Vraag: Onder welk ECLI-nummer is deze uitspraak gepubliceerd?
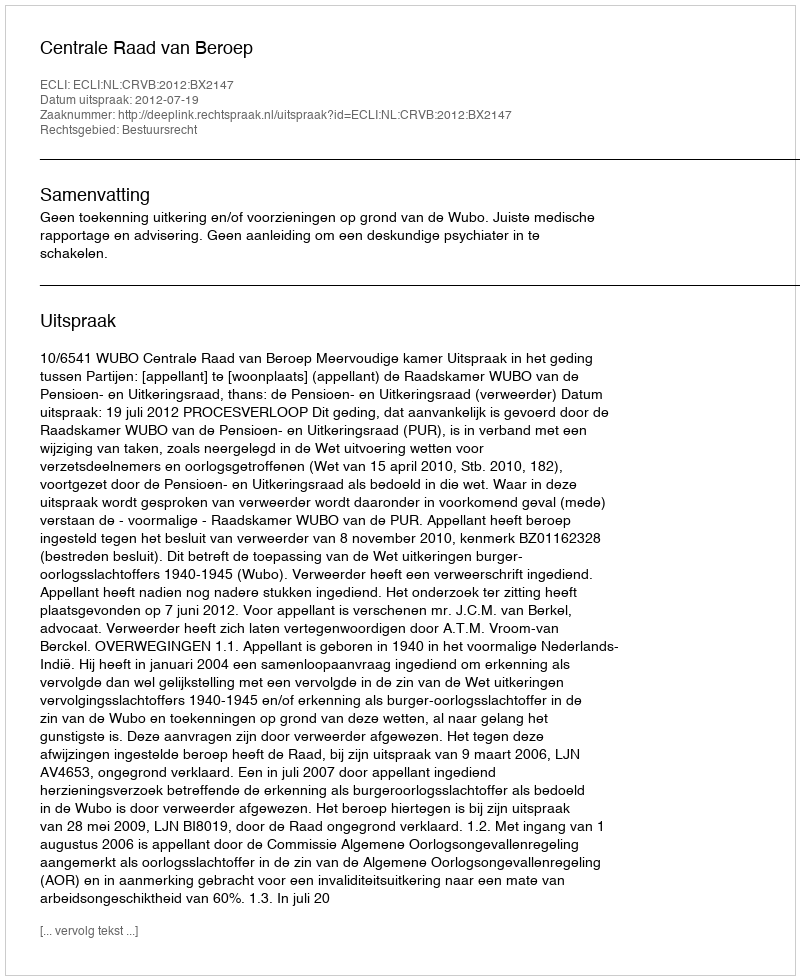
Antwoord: ECLI:NL:CRVB:2012:BX2147